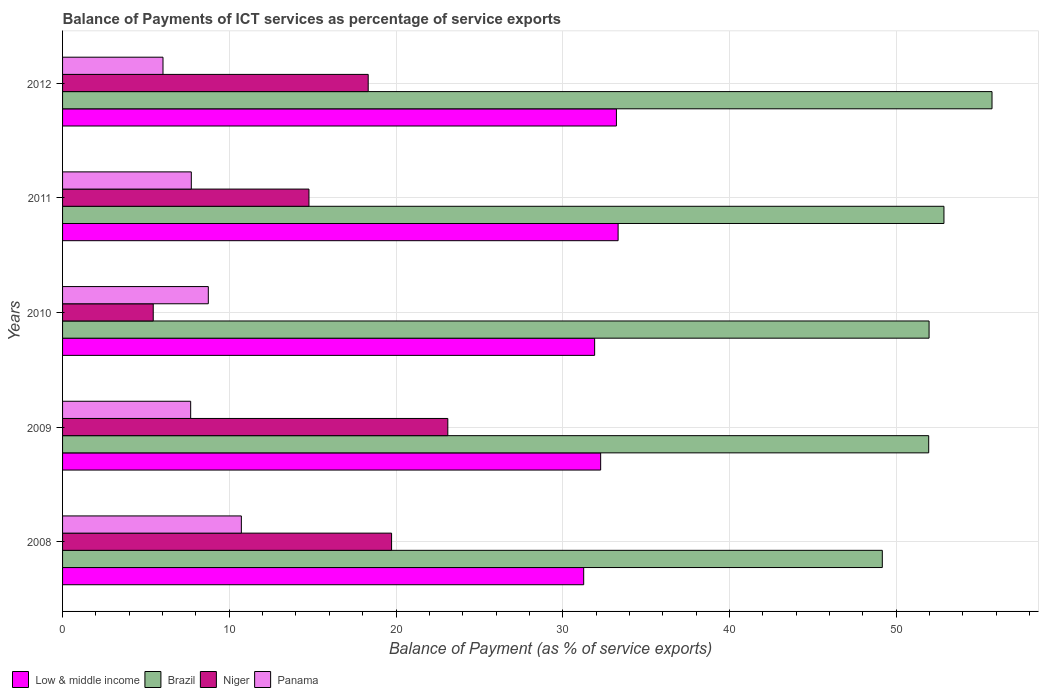
| Years | Low & middle income | Brazil | Niger | Panama |
 | --- | --- | --- | --- | --- |
 | 2008 | 31.3 | 49.2 | 19.7 | 10.7 |
 | 2009 | 32.3 | 51.9 | 23.1 | 7.68 |
 | 2010 | 31.9 | 52 | 5.44 | 8.74 |
 | 2011 | 33.3 | 52.9 | 14.8 | 7.72 |
 | 2012 | 33.2 | 55.7 | 18.3 | 6.02 |